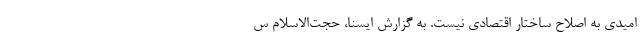
امیدی به اصلاح ساختار اقتصادی نیست. به گزارش ایسنا، حجت‌الاسلام س